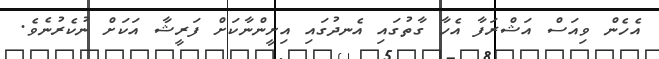
އެހެން ވިއަސް އަޝްރަފާ އެހާ ގާތުގައި އެނދުގައި އިށީންނާކަށް ފަރީޝާ އަކަށް ނުކެރުނެވެ.